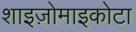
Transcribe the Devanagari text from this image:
शाइज़ोमाइकोटा